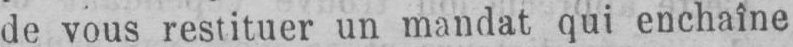
de vous restituer un mandat qui enchaîne